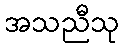
အသညီသု